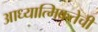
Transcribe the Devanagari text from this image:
आध्यात्मिकतेची